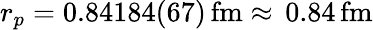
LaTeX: r_{p}=0.84184(67)\, \mathrm{fm}\approx\, 0.84\, \mathrm{fm}